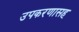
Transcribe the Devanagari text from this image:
उपकरणासह